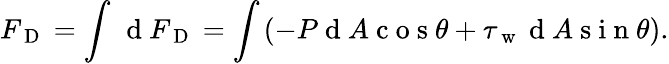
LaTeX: F_{\mathrm{~D~}}=\int_{}^{}\mathrm{~d~}F_{\mathrm{~D~}}=\int_{}^{}(-P\mathrm{~d~}A\mathrm{~c~o~s~}\theta+\tau_{\mathrm{~w~}}\mathrm{~d~}A\mathrm{~s~i~n~}\theta).